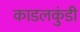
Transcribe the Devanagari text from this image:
काडलकुंडी